Indian journal of veterinary science and animal husbandry - Volumes 18-21, 1948-1951
Year: 1948
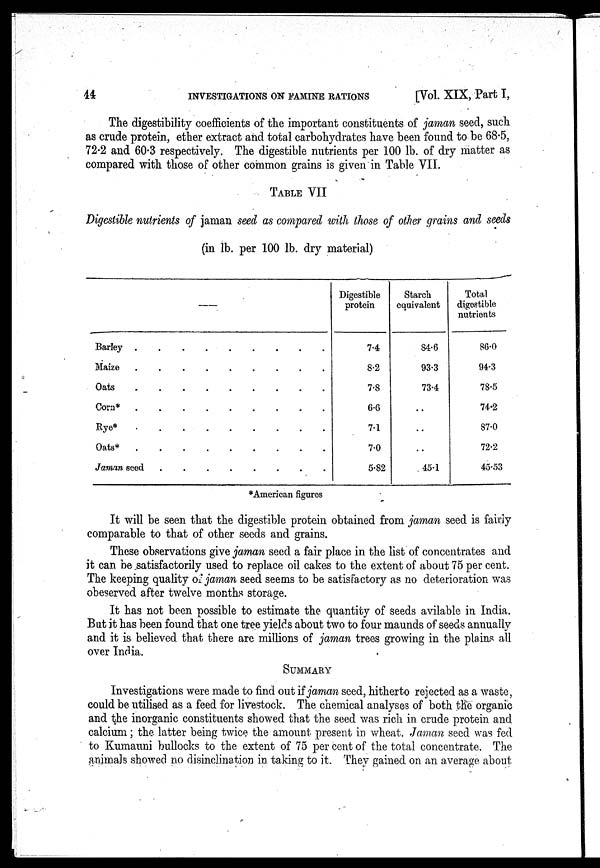
44
INVESTIGATIONS ON FAMINE RATIONS
[Vol. XIX, Part I,
The digestibility coefficients of the important constituents of jaman seed, such
as crude protein, ether extract and total carbohydrates have been found to be 68.5,
72.2 and 60.3 respectively. The digestible nutrients per 100 lb. of dry matter as
compared with those of other common grains is given in Table VII.
TABLE VII
Digestible nutrients of jaman seed as compared with those of other grains and seeds
(in lb. per 100 lb. dry material)
—
Barley . . . . . . . . .
Maize . . . . . . . . .
Oats . . . . . . . . .
Corn* . . . . . . . . .
Rye* . . . . . . . . .
Oats* . . . . . . . . .
Jaman seed . . . . . . . .
Digestible
protein
7.4
8.2
7.8
6.6
7.1
7.0
5.82
Starch
equivalent
84.6
93.3
73.4
..
..
..
45.1
Total
digestible
nutrients
86.0
94.3
78.5
74.2
87.0
72.2
45.53
*American figures
It will be seen that the digestible protein obtained from jaman seed is fairly
comparable to that of other seeds and grains.
These observations give jaman seed a fair place in the list of concentrates and
it can be satisfactorily used to replace oil cakes to the extent of about 75 per cent.
The keeping quality of jaman seed seems to be satisfactory as no deterioration was
obeserved after twelve months storage.
It has not been possible to estimate the quantity of seeds avilable in India.
But it has been found that one tree yields about two to four maunds of seeds annually
and it is believed that there are millions of jaman trees growing in the plains all
over India.
SUMMARY
Investigations were made to find out if jaman seed, hitherto rejected as a waste,
could be utilised as a feed for livestock. The chemical analyses of both the organic
and the inorganic constituents showed that the seed was rich in crude protein and
calcium; the latter being twice the amount present in wheat. Jaman seed was fed
to Kumauni bullocks to the extent of 75 per cent of the total concentrate. The
animals showed no disinclination in taking to it. They gained on an average about